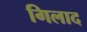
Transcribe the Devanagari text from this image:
गिलाद